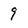
Character: 9